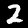
Digit: 2